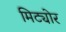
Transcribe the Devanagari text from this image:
मिट्योर